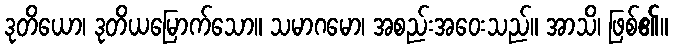
ဒုတိယော၊ ဒုတိယမြောက်သော။ သမာဂမော၊ အစည်းအဝေးသည်။ အာသိ၊ ဖြစ်၏။